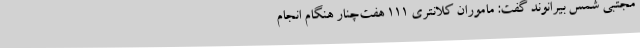
مجتبی شمس بیرانوند گفت: ماموران کلانتری 111 هفت‌چنار هنگام انجام